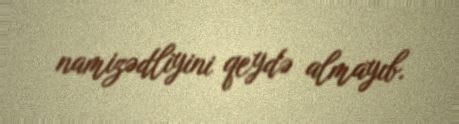
namizədliyini qeydə almayıb.